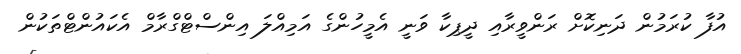
އުފާ ކުރަމުން ދަނިކޮށް ރަންވީރާއި ދީޕިކާ ވަނީ އެމީހުންގެ އަމިއްލަ އިންސްޓްގްރާމް އެކައުންޓްތަކުން